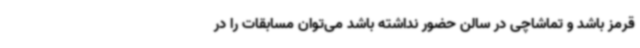
قرمز باشد و تماشاچی در سالن حضور نداشته باشد می‌توان مسابقات را در